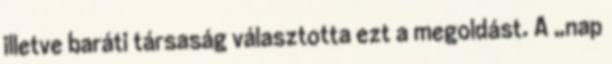
illetve baráti társaság választotta ezt a megoldást. A „nap